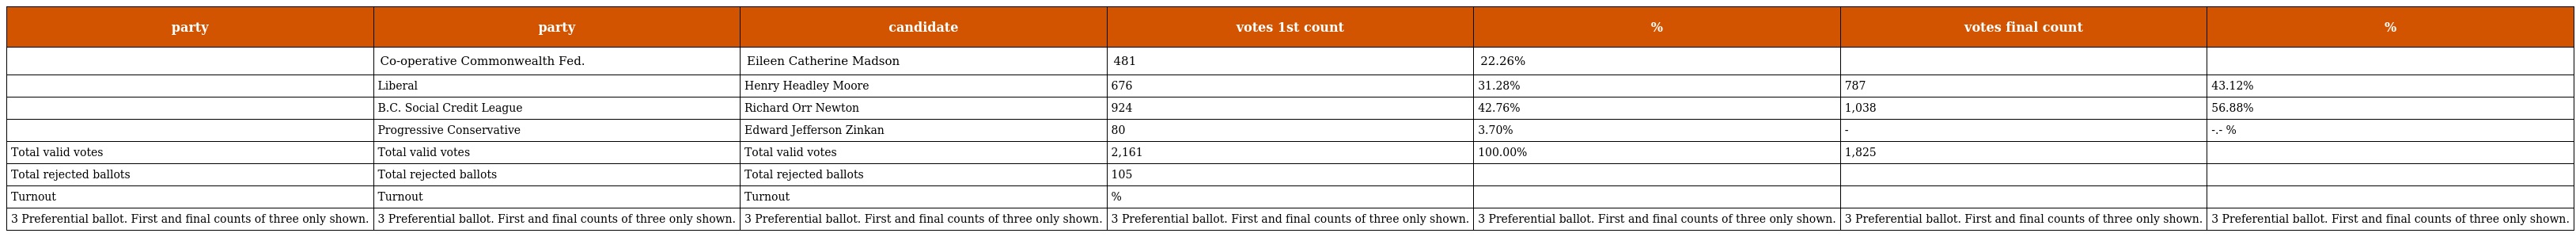
| party | party | candidate | votes 1st count | % | votes final count | % |
 | --- | --- | --- | --- | --- | --- | --- |
 |  | Co-operative Commonwealth Fed. | Eileen Catherine Madson | 481 | 22.26% |  |  |
 |  | Liberal | Henry Headley Moore | 676 | 31.28% | 787 | 43.12% |
 |  | B.C. Social Credit League | Richard Orr Newton | 924 | 42.76% | 1,038 | 56.88% |
 |  | Progressive Conservative | Edward Jefferson Zinkan | 80 | 3.70% | - | -.- % |
 | Total valid votes | Total valid votes | Total valid votes | 2,161 | 100.00% | 1,825 |  |
 | Total rejected ballots | Total rejected ballots | Total rejected ballots | 105 |  |  |  |
 | Turnout | Turnout | Turnout | % |  |  |  |
 | 3 Preferential ballot. First and final counts of three only shown. | 3 Preferential ballot. First and final counts of three only shown. | 3 Preferential ballot. First and final counts of three only shown. | 3 Preferential ballot. First and final counts of three only shown. | 3 Preferential ballot. First and final counts of three only shown. | 3 Preferential ballot. First and final counts of three only shown. | 3 Preferential ballot. First and final counts of three only shown. |